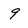
Character: 9